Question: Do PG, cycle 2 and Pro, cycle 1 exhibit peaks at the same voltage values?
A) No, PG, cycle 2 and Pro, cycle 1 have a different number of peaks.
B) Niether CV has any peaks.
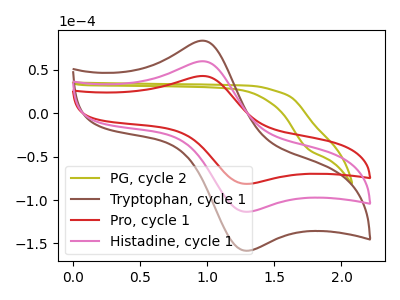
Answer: <think>The olive curve "PG, cycle 2" has no peaks. The brown curve "Tryptophan, cycle 1" has an anodic peak at (0.95V, 119.90uA) and a cathodic peak at (1.30V, -227.20uA). The red curve "Pro, cycle 1" has an anodic peak at (0.95V, 42.95uA) and a cathodic peak at (1.30V, -81.40uA). The pink curve "Histadine, cycle 1" has an anodic peak at (0.95V, 59.95uA) and a cathodic peak at (1.30V, -113.60uA).</think>
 <answer>A) No, "PG, cycle 2" and "Pro, cycle 1" have a different number of peaks.</answer>
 <eval>A</eval>